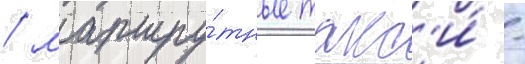
/ маршру́тные такс'и́ -